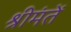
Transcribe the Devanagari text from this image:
श्रीमंतें